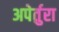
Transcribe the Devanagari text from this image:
अपेर्तुरा